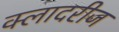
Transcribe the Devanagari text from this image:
क्लादरीज